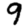
Digit: 9